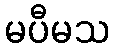
မပီမသ